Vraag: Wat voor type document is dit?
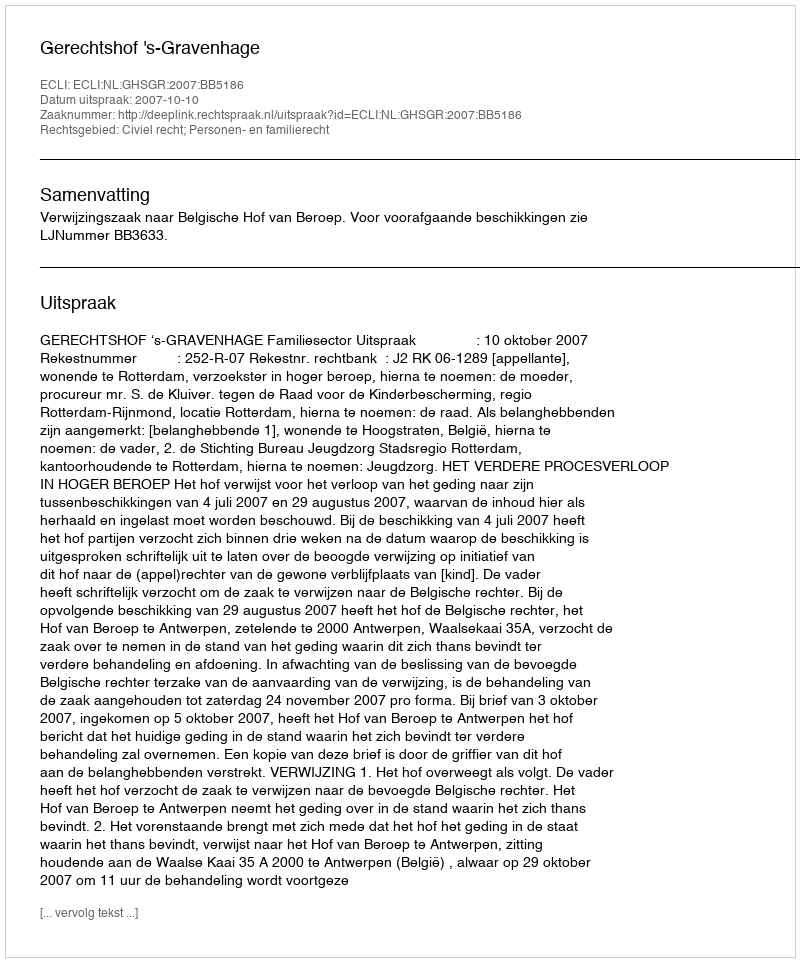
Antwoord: Uitspraak